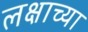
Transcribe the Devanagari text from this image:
लक्षाच्या